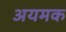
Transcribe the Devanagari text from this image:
अयमक